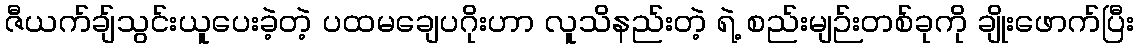
ဇီယက်ချ်သွင်းယူပေးခဲ့တဲ့ ပထမချေပဂိုးဟာ လူသိနည်းတဲ့ ရဲ့ စည်းမျဉ်းတစ်ခုကို ချိုးဖောက်ပြီး